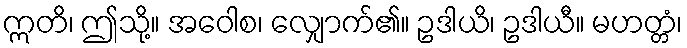
ဣတိ၊ ဤသို့။ အဝေါစ၊ လျှောက်၏။ ဥဒါယိ၊ ဥဒါယီ။ မဟတ္တံ၊